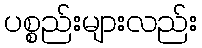
ပစ္စည်းများလည်း